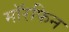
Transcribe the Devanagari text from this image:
मॉरफिन